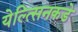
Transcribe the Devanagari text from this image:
येल्त्सिनकडे